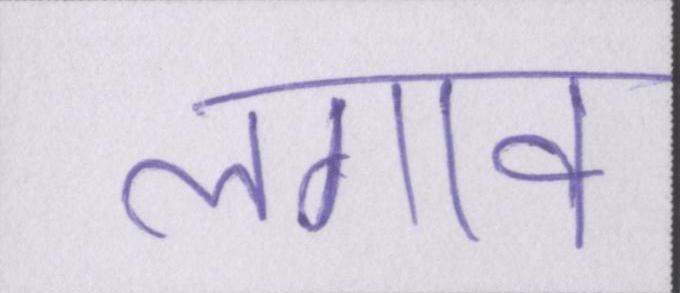
लगाव